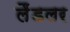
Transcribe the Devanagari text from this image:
लैंडलर